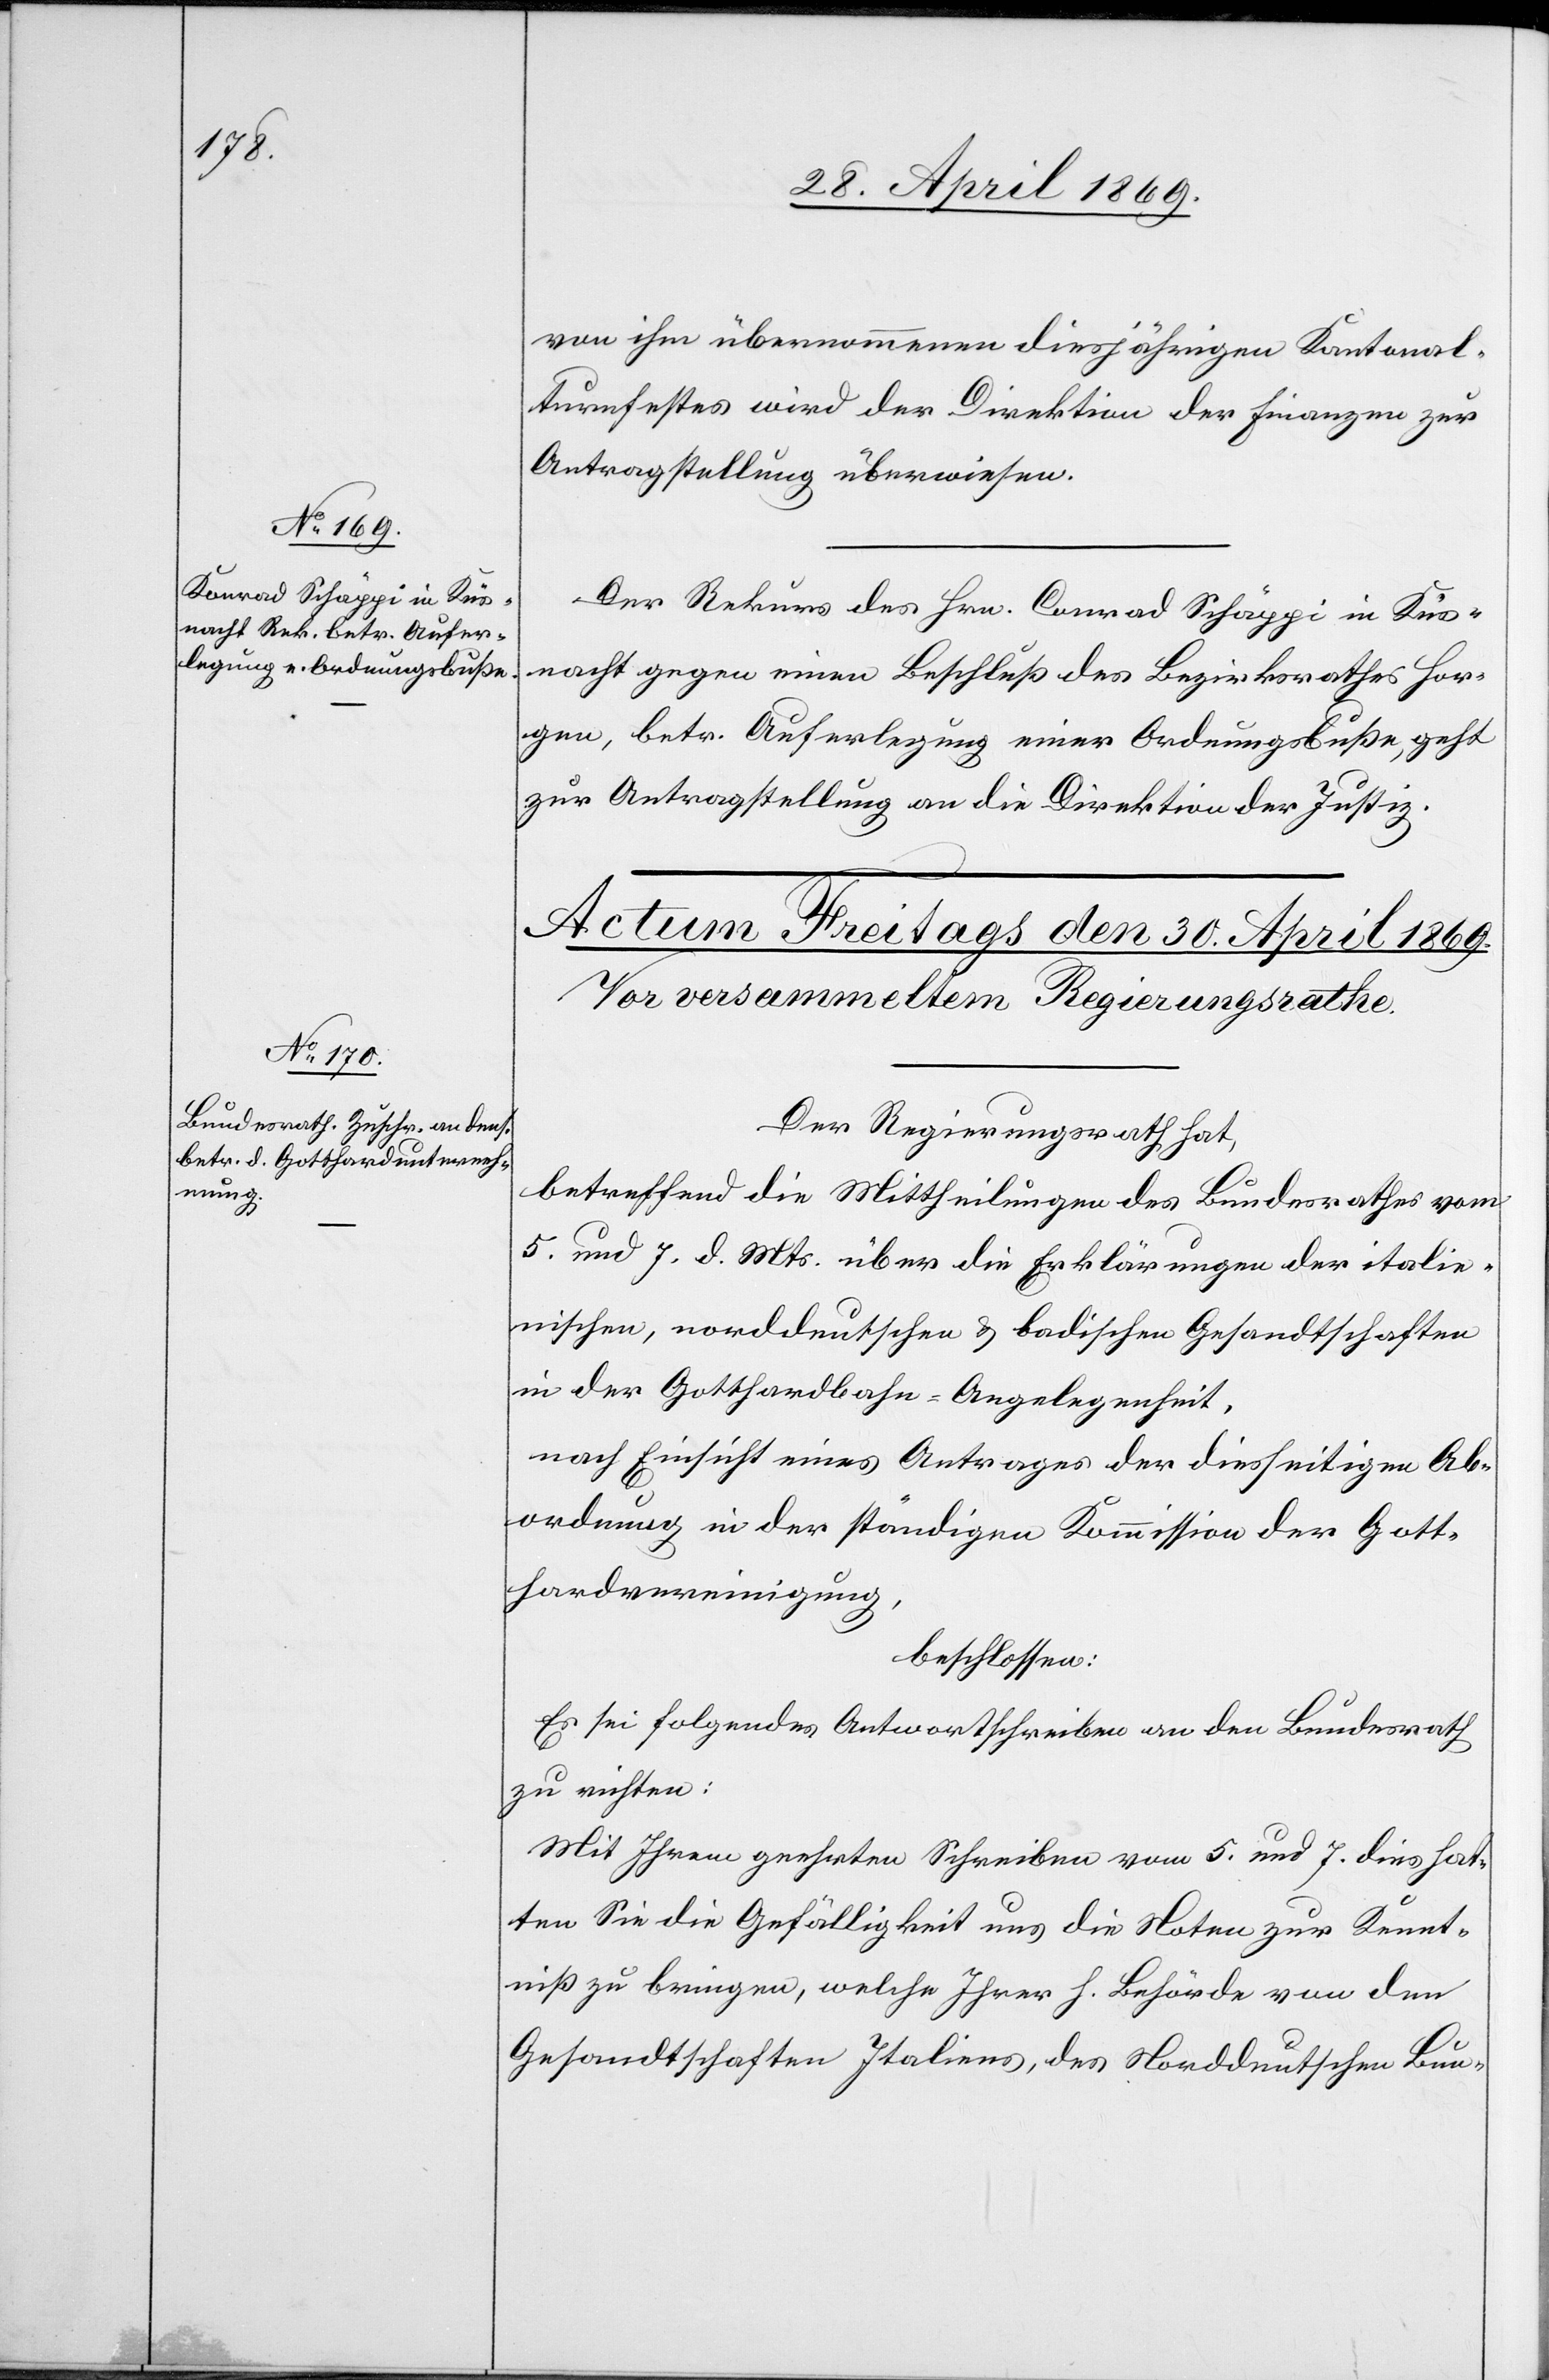
29. April 1869.]
von ihm übernommenen diesjährigen Kantonal¬
turnfestes wird der Direktion der Finanzen zur
Antragstellung überwiesen.
Der Rekurs des Hrn. Conrad Schäppi in Küs¬
nacht gegen einen Beschluß des Bezirksrathes Hor¬
gen, betr. Auferlegung einer Ordnungsbuße, geht
zur Antragstellung an die Direktion der Justiz.
Der Regierungsrath hat,
betreffend die Mittheilungen des Bundesrathes vom
5. und 7. d. Mts. über die Erklärungen der italie¬
nischen, norddeutschen u. badischen Gesandtschaften
in der Gotthardbahn-Angelegenheit,
nach Einsicht eines Antrages der diesseitigen Ab¬
ordnung in der ständigen Kommission der Gott¬
hardvereinigung,
beschlossen:
Es sei folgendes Antwortschreiben an den Bundesrath
zu richten:
Mit Ihrem geehrten Schreiben vom 5. und 7. dies hat¬
ten Sie die Gefälligkeit uns die Noten zur Kennt¬
niß zu bringen, welche Ihrer h. Behörde von den
Gesandtschaften Italiens, des Norddeutschen Bun-